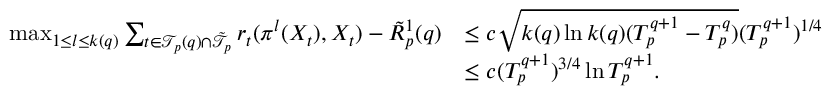
\begin{array} { r l } { \operatorname* { m a x } _ { 1 \leq l \leq k ( q ) } \sum _ { t \in \mathcal { T } _ { p } ( q ) \cap \tilde { \mathcal { T } } _ { p } } r _ { t } ( \pi ^ { l } ( X _ { t } ) , X _ { t } ) - \tilde { R } _ { p } ^ { 1 } ( q ) } & { \leq c \sqrt { k ( q ) \ln k ( q ) ( T _ { p } ^ { q + 1 } - T _ { p } ^ { q } ) } ( T _ { p } ^ { q + 1 } ) ^ { 1 / 4 } } \\ & { \leq c ( T _ { p } ^ { q + 1 } ) ^ { 3 / 4 } \ln T _ { p } ^ { q + 1 } . } \end{array}